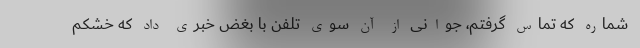
شماره که تماس گرفتم، جوانی از آن سوی تلفن با بغض خبری داد که خشکم